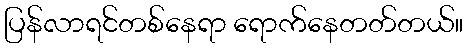
ပြန်လာရင်တစ်နေရာ ရောက်နေတတ်တယ်။